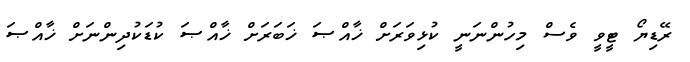
ރޭޑިޔޯ ޓީވީ ވެސް މިހުންނަނީ ކުޅިވަރަށް ޚާއްޞަ ޚަބަރަށް ޚާއްޞަ ކުޑަކުދިންނަށް ޚާއްޞަ